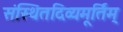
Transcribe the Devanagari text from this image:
संस्थितदिव्यमूर्तिम्